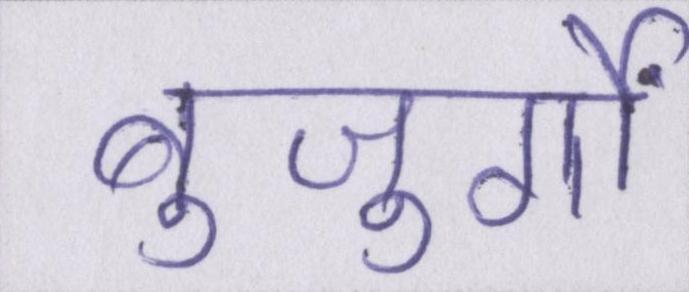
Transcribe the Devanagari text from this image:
बुजुर्गों